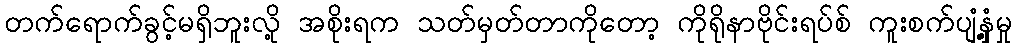
တက်ရောက်ခွင့်မရှိဘူးလို့ အစိုးရက သတ်မှတ်တာကိုတော့ ကိုရိုနာဗိုင်းရပ်စ် ကူးစက်ပျံ့နှံ့မှု